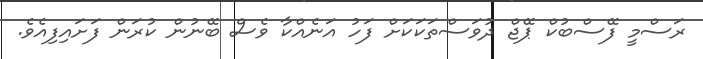
ރަސްމީ ފޭސްބުކް ޕޭޖް ދުވަސްތަކަކަށް ފަހު އަނެއްކާ ވެސް ބޭނުން ކުރަން ފަށައިފިއެވެ.